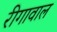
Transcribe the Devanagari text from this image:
रीगावाल